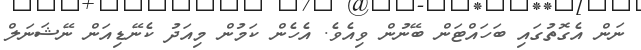
ނަން އެގޮތުގައި ބަހައްޓަން ބޭނުން ވިއެވެ. އެހެން ކަމުން މިއަދު ކެނޭޑިއަން ނޭޝަނަލް